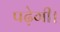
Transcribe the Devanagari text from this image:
पढ़ेगी।